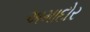
અમાદોર